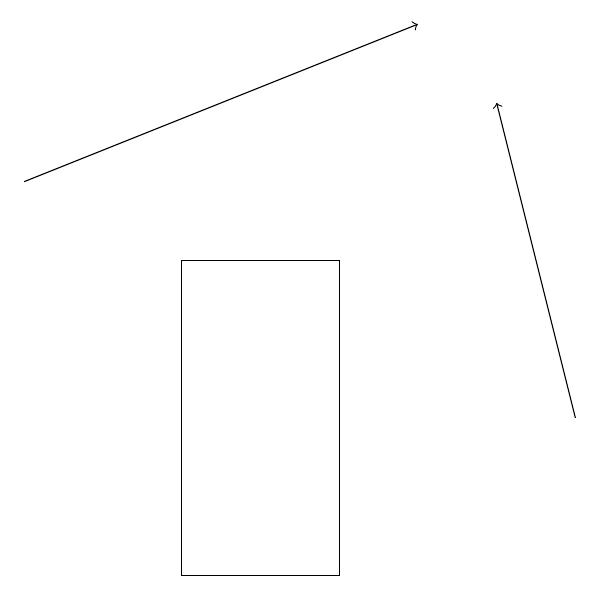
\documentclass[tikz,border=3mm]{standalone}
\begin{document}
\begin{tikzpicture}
\draw (6,14) rectangle (4,10);
\draw[->] (2,15) -- (7,17);
\draw[->] (9,12) -- (8,16);
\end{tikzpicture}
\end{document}